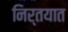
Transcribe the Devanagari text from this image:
निर्तयात